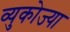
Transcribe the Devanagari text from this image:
व्युकोज्या